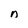
Character: n